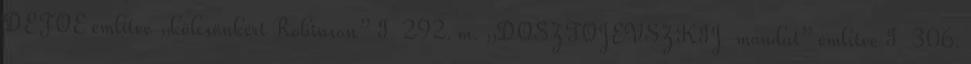
DEFOE említve „kölcsönkért Robinson” I 292. m. „DOSZTOJEVSZKIJ-mondat” említve I 306.